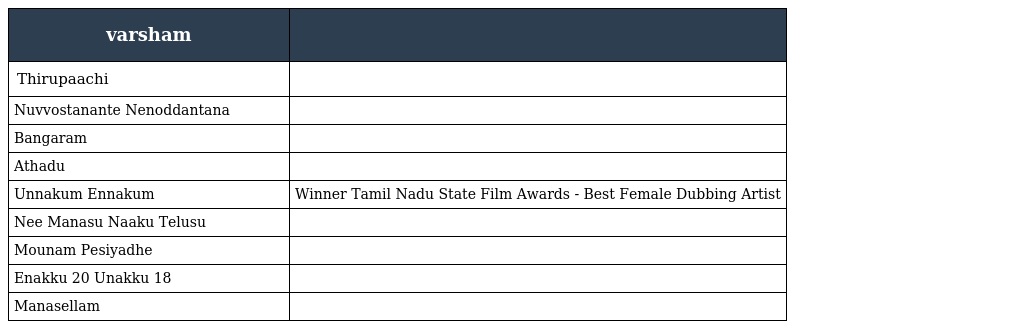
| varsham |  |
 | --- | --- |
 | Thirupaachi |  |
 | Nuvvostanante Nenoddantana |  |
 | Bangaram |  |
 | Athadu |  |
 | Unnakum Ennakum | Winner Tamil Nadu State Film Awards - Best Female Dubbing Artist |
 | Nee Manasu Naaku Telusu |  |
 | Mounam Pesiyadhe |  |
 | Enakku 20 Unakku 18 |  |
 | Manasellam |  |